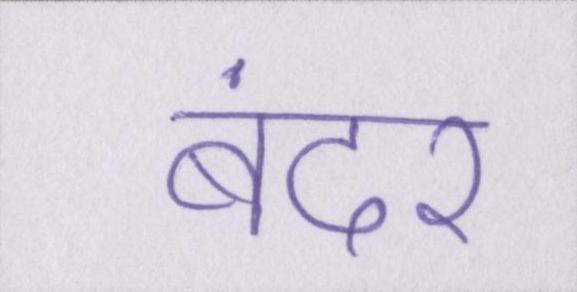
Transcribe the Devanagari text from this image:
बंदर